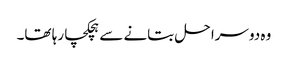
وہ دوسرا حل بتانے سے ہچکچا رہا تھا۔